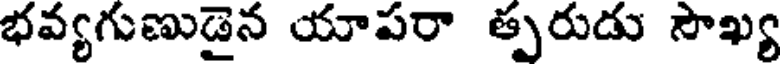
భవ్యగుణుడైన యాపరా త్పరుడు సౌఖ్య